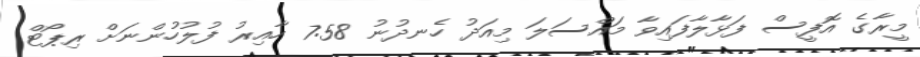
މީރާގެ އޮފީސް ފަޅާލާފައިވާ މައްސަލަ މިއަދު ހެނދުނު 7:58 ހާއިރު ފުލުހުންނަށް ރިޕޯޓް